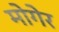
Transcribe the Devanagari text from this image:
मोगेर